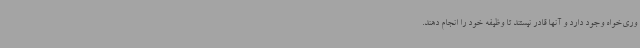
وری‌خواه وجود دارد و آنها قادر نیستند تا وظیفه خود را انجام دهند.